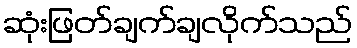
ဆုံးဖြတ်ချက်ချလိုက်သည်